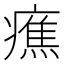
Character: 癄